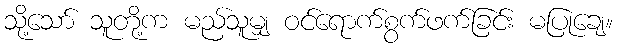
သို့သော် သူတို့က မည်သူမျှ ဝင်ရောက်စွက်ဖက်ခြင်း မပြုချေ။